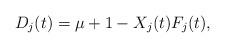
LaTeX: \begin{align*}D_j(t) = \mu + 1 - X_j(t)F_j(t),\end{align*}